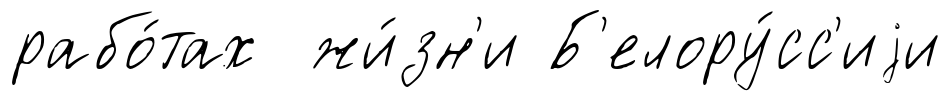
рабо́тах жи́зн'и Б'елору́сс'иjи